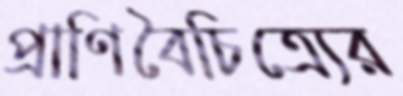
প্রাণিবৈচিত্র্যের